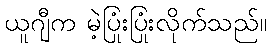
ယူဂျီက မဲ့ပြုံးပြုံးလိုက်သည်။